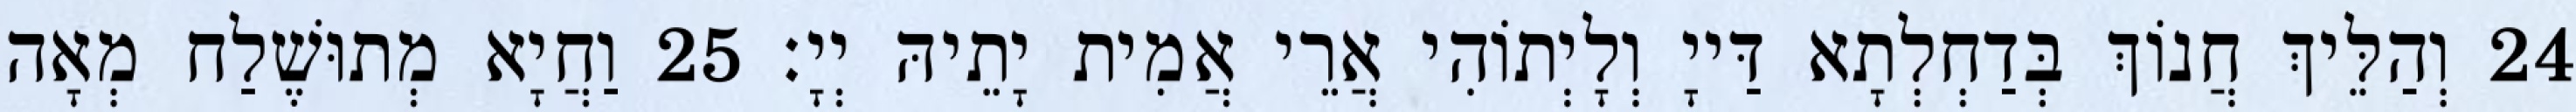
24 וְהַלֵּיךְ חֲנוֹךְ בְּדַחְלְתָא דַּייָ וְלָיְתוֹהִי אֲרֵי אֲמִית יָתֵיהּ יְיָ׃ 25 וַחֲיָא מְתוּשֶׁלַח מְאָה